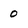
Character: 0